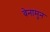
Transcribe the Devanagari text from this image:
वेनामुन